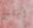
آملين